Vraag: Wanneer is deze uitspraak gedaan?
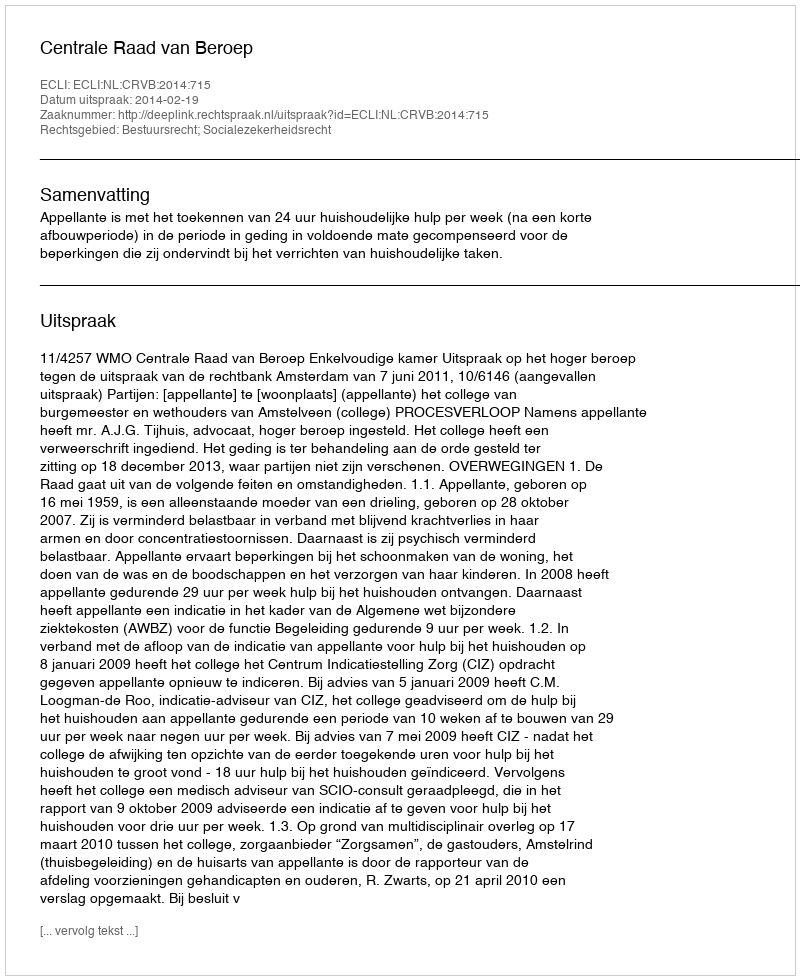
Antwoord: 2014-02-19